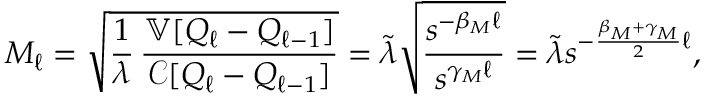
M _ { \ell } = \sqrt { \frac { 1 } { \lambda } \, \frac { { \mathbb { V } } [ Q _ { \ell } - Q _ { \ell - 1 } ] } { { \mathcal { C } } [ Q _ { \ell } - Q _ { \ell - 1 } ] } } = \widetilde { \lambda } \sqrt { \frac { s ^ { - \beta _ { M } \ell } } { s ^ { \gamma _ { M } \ell } } } = \widetilde { \lambda } s ^ { - \frac { \beta _ { M } + \gamma _ { M } } { 2 } \ell } ,